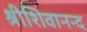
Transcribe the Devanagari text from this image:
श्रीशिवानन्द